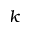
k